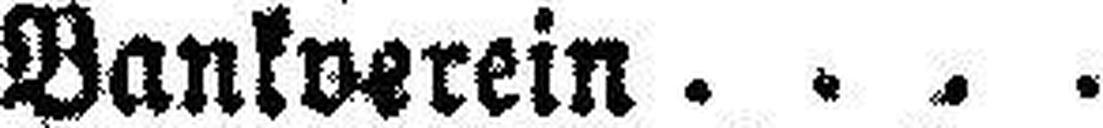
Bankverein